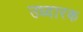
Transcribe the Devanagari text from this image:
उध्दारक